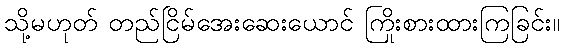
သို့မဟုတ် တည်ငြိမ်အေးဆေးယောင် ကြိုးစားထားကြခြင်း။